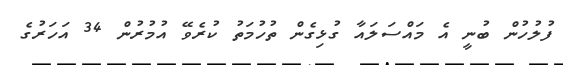
ފުލުހުން ބުނީ އެ މައްސަލައާ ގުޅިގެން ތުހުމަތު ކުރެވޭ އުމުރުން 34 އަހަރުގެ